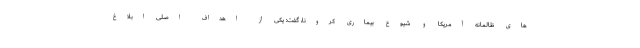
های ظالمانه آمریکا و شیوع بیماری کرونا، گفت: یکی از اهداف اصلی ابلاغ